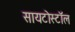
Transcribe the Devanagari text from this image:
सायटोस्टॉल